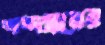
শব্দদ্বয়ের